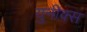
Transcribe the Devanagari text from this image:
युनीक्स